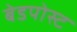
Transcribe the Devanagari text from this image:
बेडपोस्ट